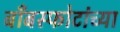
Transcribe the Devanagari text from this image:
बाँबस्फोटांच्या